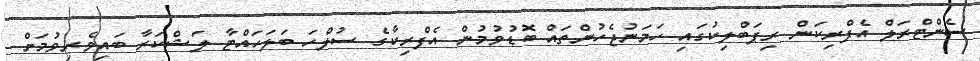
ސެންޓްރަލް އެފްރިކަން ރިޕަބްލިކުގައި ހަމަނުޖެހުންތައް ބޮޑުވުމުން އެފްރިކާގެ ސުލްހަ ބަލަހައްޓާ ލަޝްކަރާ ބައިވެރިވުމަށް